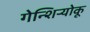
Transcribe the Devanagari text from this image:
गेन्शिर्‍योकू